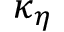
\kappa _ { \eta }